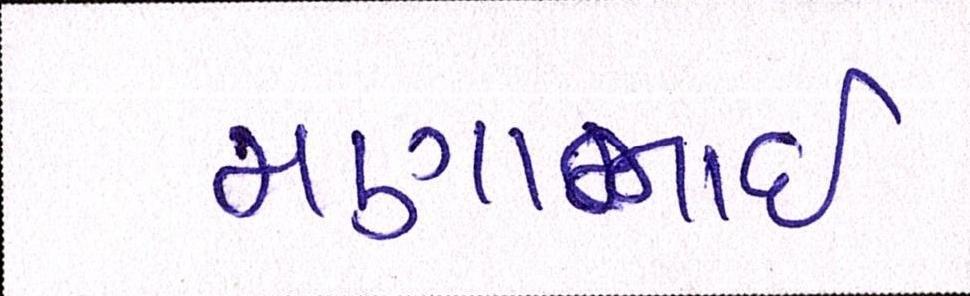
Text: મણાભાઈ